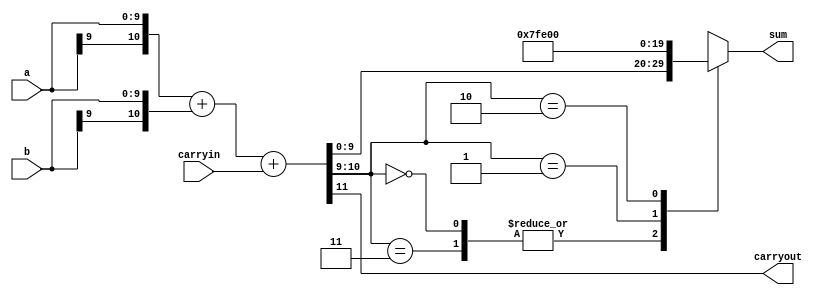
`timescale 1ns / 1ps
//////////////////////////////////////////////////////////////////////////////////
// Company: 
// Engineer: 
// 
// Design Name: 
// Module Name: adderW
// Project Name: 
// Target Devices: 
// Tool Versions: 
// Description: 
// 
// Dependencies: 
// 
// Revision:
// Revision 0.01 - File Created
// Additional Comments:
// //////////////////////////////////////////////////////////////////////////////////


module adderW(carryout, sum, a, b, carryin);
parameter W=10;
output carryout;
output reg[W-1:0] sum;
input [W-1:0] a, b;
input carryin;

wire [W:0] x,y,sum_inter;
assign x = {a[W-1],a};
assign y = {b[W-1],b};

assign {carryout,sum_inter} = x+y+carryin;

always@(sum_inter)
begin
  case({sum_inter[W:W-1]})
    2'b00,2'b11: sum = sum_inter[W-1:0]; 
    2'b01: sum = {1'b0,{(W-1){1'b1}}};
    2'b10: sum = {1'b1,{(W-1){1'b0}}};
  endcase
end

endmodule